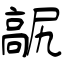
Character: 髛